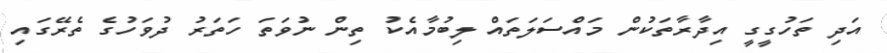
އަދި ތަހުގީގީ އިދާރާތަކުން މައްސަލަތައް ލިބުމާއެކު ތިން ނުވަތަ ހަތަރު ދުވަހުގެ ތެރޭގައި